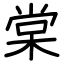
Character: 棠